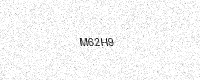
Text: M62H9